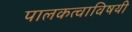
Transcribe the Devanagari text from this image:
पालकत्वाविषयी